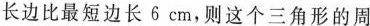
长边比最短边长6cm，则这个三角形的周